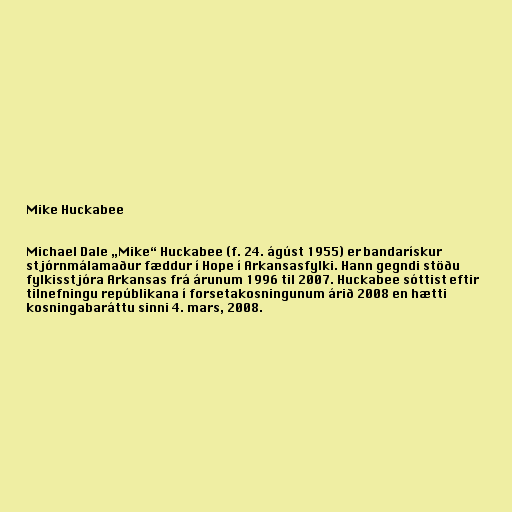
Mike Huckabee

Michael Dale „Mike“ Huckabee (f. 24. ágúst 1955) er bandarískur
stjórnmálamaður fæddur í Hope í Arkansasfylki. Hann gegndi stöðu
fylkisstjóra Arkansas frá árunum 1996 til 2007. Huckabee sóttist eftir
tilnefningu repúblikana í forsetakosningunum árið 2008 en hætti
kosningabaráttu sinni 4. mars, 2008.